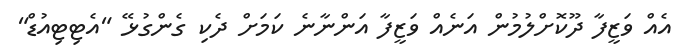
އެއް ވަޒީފާ ދޫކޮށްލުމުން އަނެއް ވަޒީފާ އަންނާނެ ކަމަށް ދެކި ގެންގުޅޭ "އެޓިޓިއުޑް"